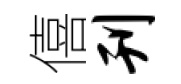
僖刊